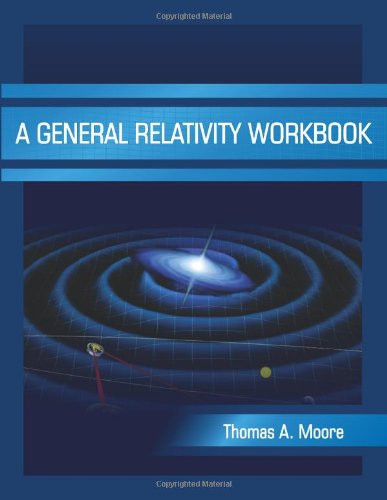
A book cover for A General Relativity Workbook; Thomas A. Moore; Science & Math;